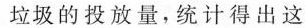
垃圾的投放量，统计得出这